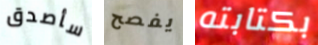
سأصدق يفصح بكتابته